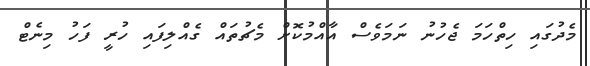
މެދުގައި ހިތްހަމަ ޖެހުނު ނަމަވެސް އާއްމުކޮށް މެޗުތައް ގެއްލިފައި ހުރީ ފަހު މިނެޓް